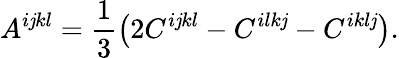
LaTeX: A^{i\mathit{j}kl}=\frac{1}{3}\left(2C^{i\mathit{j}kl}-C^{ilk\mathit{j}}-C^{ikl\mathit{j}}\right).